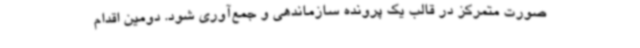
صورت متمرکز در قالب یک پرونده سازماندهی و جمع‌آوری شود. دومین اقدام